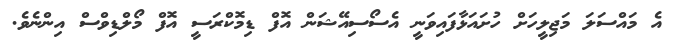
އެ މައްސަލަ މަޖިލީހަށް ހުށައަޅާފައިވަނީ އެސޯސިއޭޝަން އޮފް ޑިމޮކްރަސީ އޮފް މޯލްޑިވްސް އިންނެވެ.